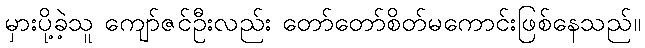
မှားပို့ခဲ့သူ ကျော်ဇင်ဦးလည်း တော်တော်စိတ်မကောင်းဖြစ်နေသည်။